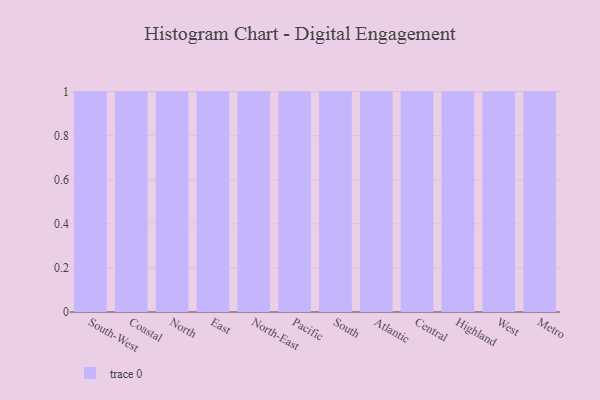
{"axis": {"x": "Region", "y": "Latency (ms)"}, "legend": [""], "data": [{"x": "South-West", "y": 21, "type": ""}, {"x": "Coastal", "y": 95, "type": ""}, {"x": "North", "y": 48, "type": ""}, {"x": "East", "y": 62, "type": ""}, {"x": "North-East", "y": 77, "type": ""}, {"x": "Pacific", "y": 81, "type": ""}, {"x": "South", "y": 47, "type": ""}, {"x": "Atlantic", "y": 2, "type": ""}, {"x": "Central", "y": 57, "type": ""}, {"x": "Highland", "y": 29, "type": ""}, {"x": "West", "y": 87, "type": ""}, {"x": "Metro", "y": 88, "type": ""}]}